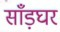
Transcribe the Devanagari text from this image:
साँड़घर